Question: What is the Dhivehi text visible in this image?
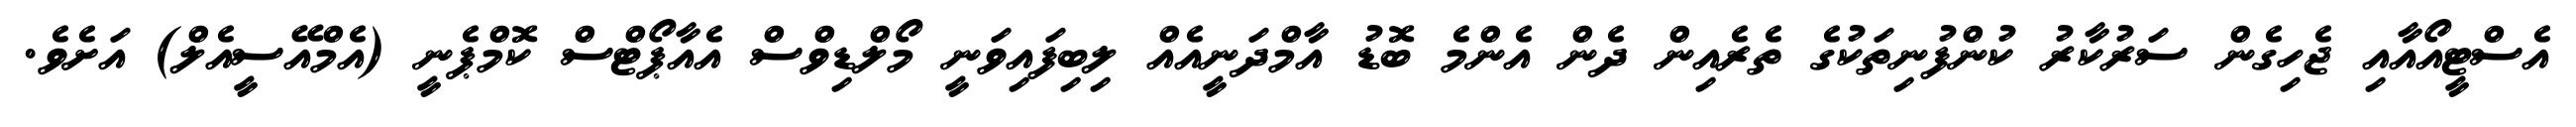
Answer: އެސްޓީއޯއާއި ޖެހިގެން ސަރުކާރު ކުންފުނިތަކުގެ ތެރެއިން ދެން އެންމެ ބޮޑު އާމްދަނީއެއް ލިބިފައިވަނީ މޯލްޑިވްސް އެއާޕޯޓްސް ކޮމްޕެނީ (އެމްއޭސީއެލް) އަށެވެ.